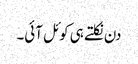
دن نکلتے ہی کوئل آئی۔